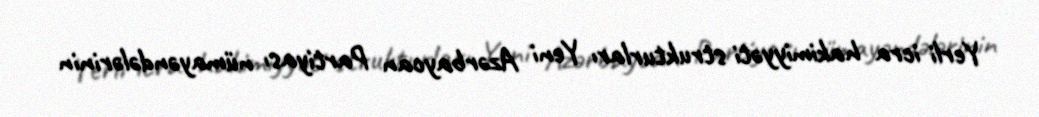
Yerli icra hakimiyyəti strukturları Yeni Azərbaycan Partiyası nümayəndələrinin